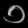
Digit: ၁